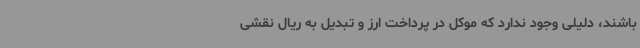
باشند، دلیلی وجود ندارد که موکل در پرداخت ارز و تبدیل به ریال نقشی